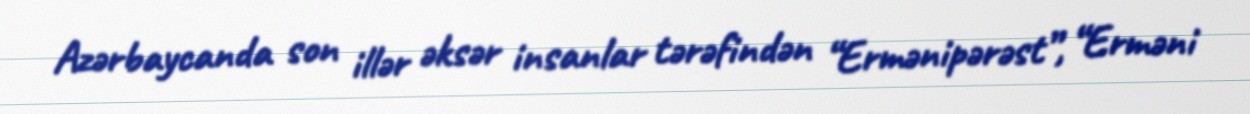
Azərbaycanda son illər əksər insanlar tərəfindən “Ermənipərəst”, “Erməni